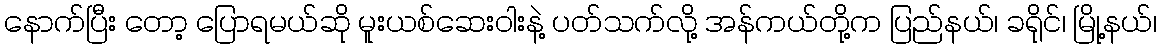
နောက်ပြီး တော့ ပြောရမယ်ဆို မူးယစ်ဆေးဝါးနဲ့ ပတ်သက်လို့ အန်ကယ်တို့က ပြည်နယ်၊ ခရိုင်၊ မြို့နယ်၊